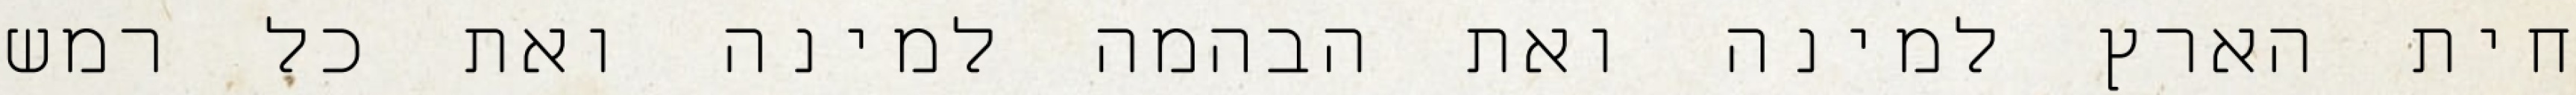
חית הארץ למינה ואת הבהמה למינה ואת כל רמש